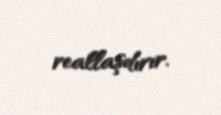
reallaşdırır.